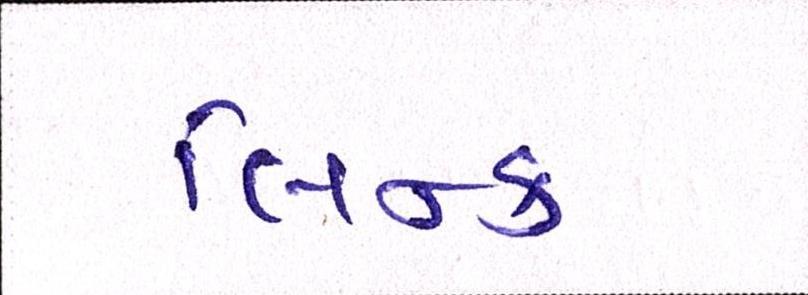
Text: લિન્ક